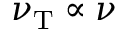
\nu _ { \mathrm { T } } \propto \nu